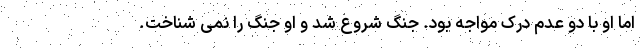
اما او با دو عدم درک مواجه بود. جنگ شروع شد و او جنگ را نمی شناخت.